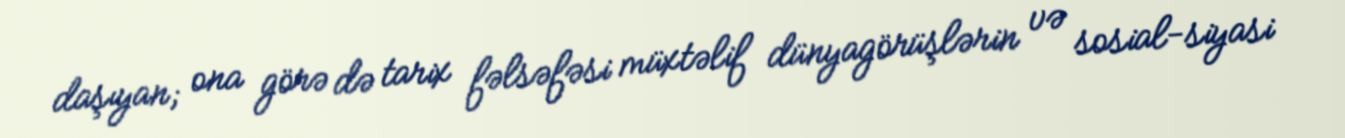
daşıyan; ona görə də tarix fəlsəfəsi müxtəlif dünyagörüşlərin və sosial-siyasi